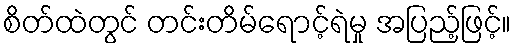
စိတ်ထဲတွင် တင်းတိမ်ရောင့်ရဲမှု အပြည့်ဖြင့်။